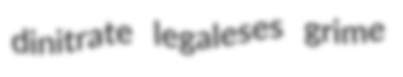
dinitrate legaleses grime